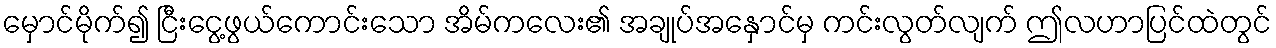
မှောင်မိုက်၍ ငြီးငွေ့ဖွယ်ကောင်းသော အိမ်ကလေး၏ အချုပ်အနှောင်မှ ကင်းလွတ်လျက် ဤလဟာပြင်ထဲတွင်